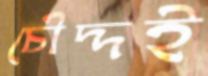
চৌদ্দই